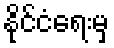
နိုင်ငံရေးမှ